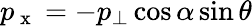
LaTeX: p_{\mathrm{~x~}}=-p_{\bot}\cos{\alpha}\sin{\theta}